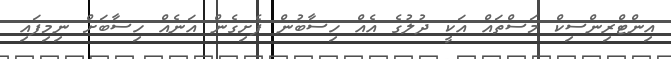
އިންޓްރިންސިކް މަސްތައް އަކީ ދުލުގެ އެއް ހިސާބުން ފެށިގެން އަނެއް ހިސާބަށް ނިމިފައި